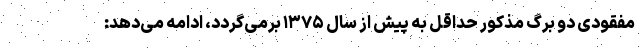
مفقودی دو برگ مذکور حداقل به پیش از سال ۱۳۷۵ برمی‌گردد، ادامه می‌دهد: